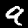
Label: 9